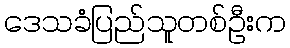
ဒေသခံပြည်သူတစ်ဦးက